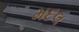
મદલ